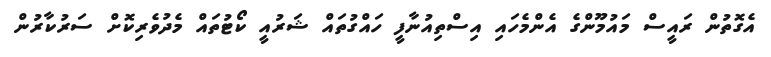
އެގޮތުން ރައީސް މައުމޫންގެ އެންމެހައި އިސްތިއުނާފީ ހައްގުތައް ޝަރުއީ ކޯޓުތައް މެދުވެރިކޮށް ސަރުކާރުން